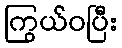
ကြွယ်ဝပြီး